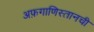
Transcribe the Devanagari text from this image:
अफ़गाणिस्तानची